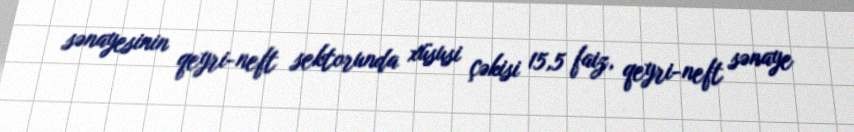
sənayesinin qeyri-neft sektorunda xüsusi çəkisi 15,5 faiz, qeyri-neft sənaye